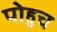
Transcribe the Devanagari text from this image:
पोहुच